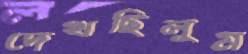
দেখছিলুম